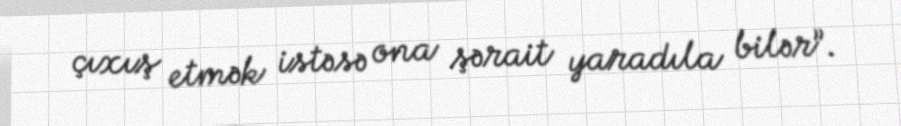
çıxış etmək istəsə ona şərait yaradıla bilər”.